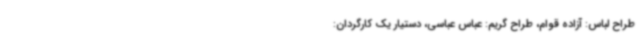
طراح لباس: آزاده قوام، طراح گریم: عباس عباسی، دستیار یک کارگردان: